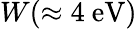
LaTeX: W(\approx 4\ \textrm{eV})